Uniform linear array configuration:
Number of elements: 64
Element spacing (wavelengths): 0.75
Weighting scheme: kaiser
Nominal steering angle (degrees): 15
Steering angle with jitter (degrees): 16.458
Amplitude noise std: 0.05
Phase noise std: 0.05

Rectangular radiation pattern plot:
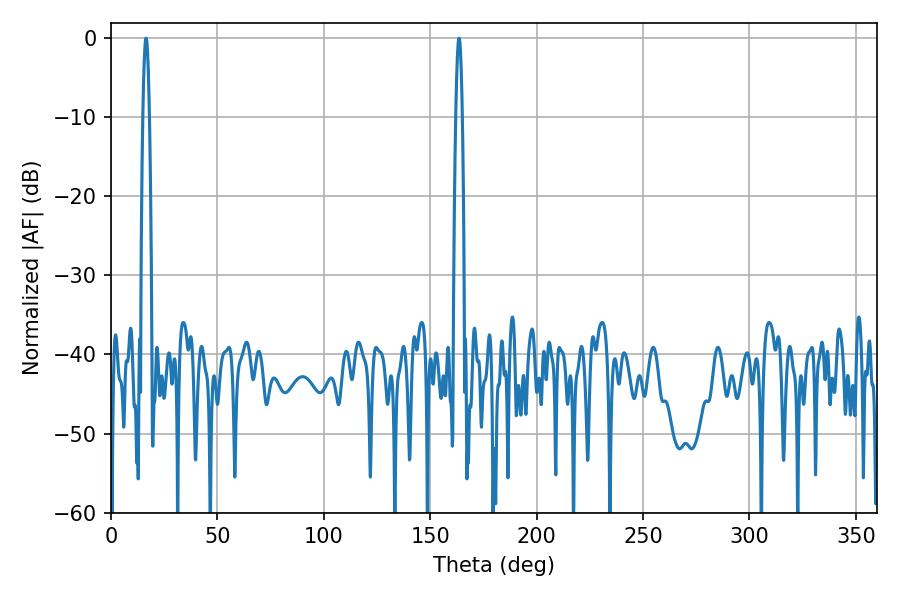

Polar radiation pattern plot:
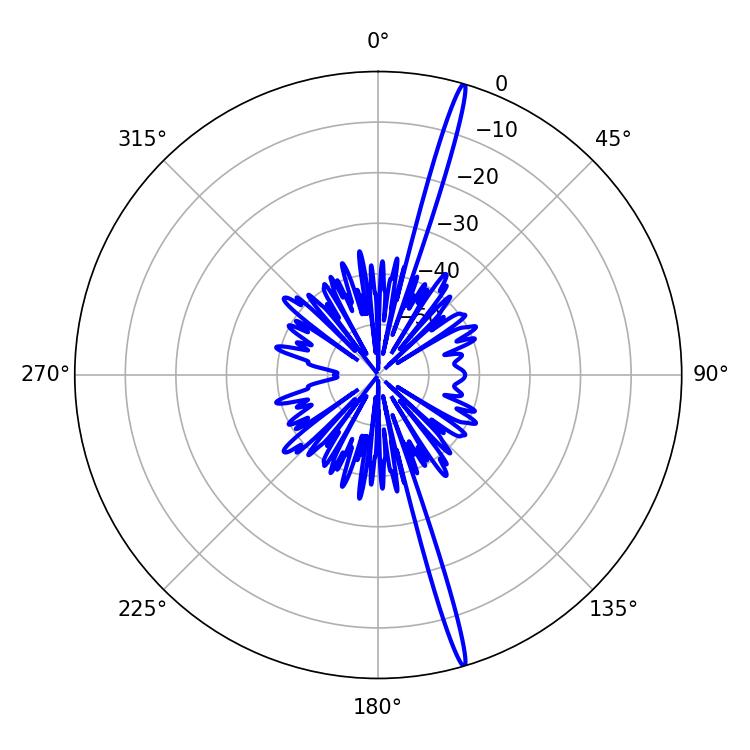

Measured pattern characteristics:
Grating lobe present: TRUE
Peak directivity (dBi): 20.328
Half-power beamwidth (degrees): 1.62
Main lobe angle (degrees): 163.62